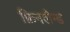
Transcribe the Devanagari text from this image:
फ़िनलैन्ड